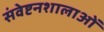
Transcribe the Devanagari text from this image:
संवेष्टनशालाओं